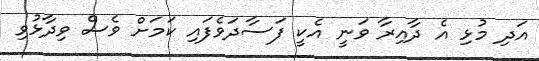
އަދި މުޅި އެ ދާއިރާ ވަނީ އެކީ ފަސާދަވެފައި ކަމަށް ވެސް ވިދާޅުވި